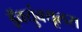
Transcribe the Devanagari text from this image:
ड्रॅक्युंक्यूलस